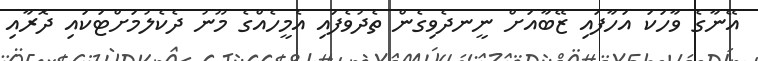
އޭނާގެ ވާހަކަ އަހާފައި ޒޭބާއަށް ނީނދެވިގެން ތެދުވެފައި އެމީހެއްގެ މޫނު ދެކެލުމަށްޓަކައި ދޮރާއި